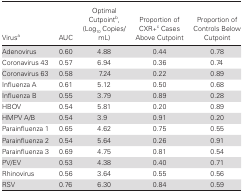
<table><thead><tr><td><b>Virus<sup>a</sup></b></td><td><b>AUC</b></td><td><b>Optimal Cutpoint<sup>b</sup>, (Log<sub>10</sub> Copies/ mL)</b></td><td><b>Proportion of CXR+<sup>c</sup> Cases Above Cutpoint</b></td><td><b>Proportion of Controls Below Cutpoint</b></td></tr></thead><tbody><tr><td>Adenovirus</td><td>0.60</td><td>4.88</td><td>0.44</td><td>0.78</td></tr><tr><td>Coronavirus 43</td><td>0.57</td><td>6.94</td><td>0.36</td><td>0.74</td></tr><tr><td>Coronavirus 63</td><td>0.58</td><td>7.24</td><td>0.22</td><td>0.89</td></tr><tr><td>Influenza A</td><td>0.61</td><td>5.12</td><td>0.50</td><td>0.68</td></tr><tr><td>Influenza B</td><td>0.55</td><td>3.79</td><td>0.89</td><td>0.28</td></tr><tr><td>HBOV</td><td>0.54</td><td>5.81</td><td>0.20</td><td>0.89</td></tr><tr><td>HMPV A/B</td><td>0.54</td><td>3.9</td><td>0.91</td><td>0.20</td></tr><tr><td>Parainfluenza 1</td><td>0.65</td><td>4.62</td><td>0.75</td><td>0.55</td></tr><tr><td>Parainfluenza 2</td><td>0.54</td><td>5.64</td><td>0.26</td><td>0.91</td></tr><tr><td>Parainfluenza 3</td><td>0.69</td><td>4.75</td><td>0.81</td><td>0.54</td></tr><tr><td>PV/EV</td><td>0.53</td><td>4.38</td><td>0.40</td><td>0.71</td></tr><tr><td>Rhinovirus</td><td>0.56</td><td>3.64</td><td>0.55</td><td>0.56</td></tr><tr><td>RSV</td><td>0.76</td><td>6.30</td><td>0.84</td><td>0.59</td></tr></tbody></table>